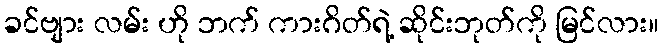
ခင်ဗျား လမ်း ဟို ဘက် ကားဂိတ်ရဲ့ ဆိုင်းဘုတ်ကို မြင်လား။